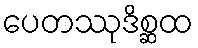
ပေတဿုဒိစ္ဆထ